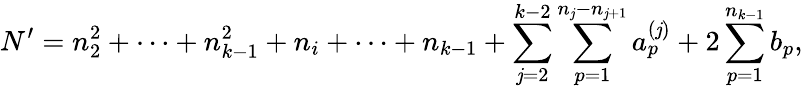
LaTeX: N^{\prime}=n_{2}^{2}+\cdots+n_{k-1}^{2}+n_{i}+\cdots+n_{k-1}+\sum_{\mathit{j}=2}^{k-2}\sum_{p=1}^{n_{\mathit{j}}-n_{\mathit{j}+1}}a_{p}^{(\mathit{j})}+2\sum_{p=1}^{n_{k-1}}b_{p},